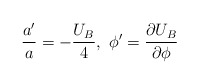
\begin{align*} \frac{a'}{a}=-\frac{U_B}{4},\ \phi'=\frac{\partial U_B}{\partial \phi}\end{align*}